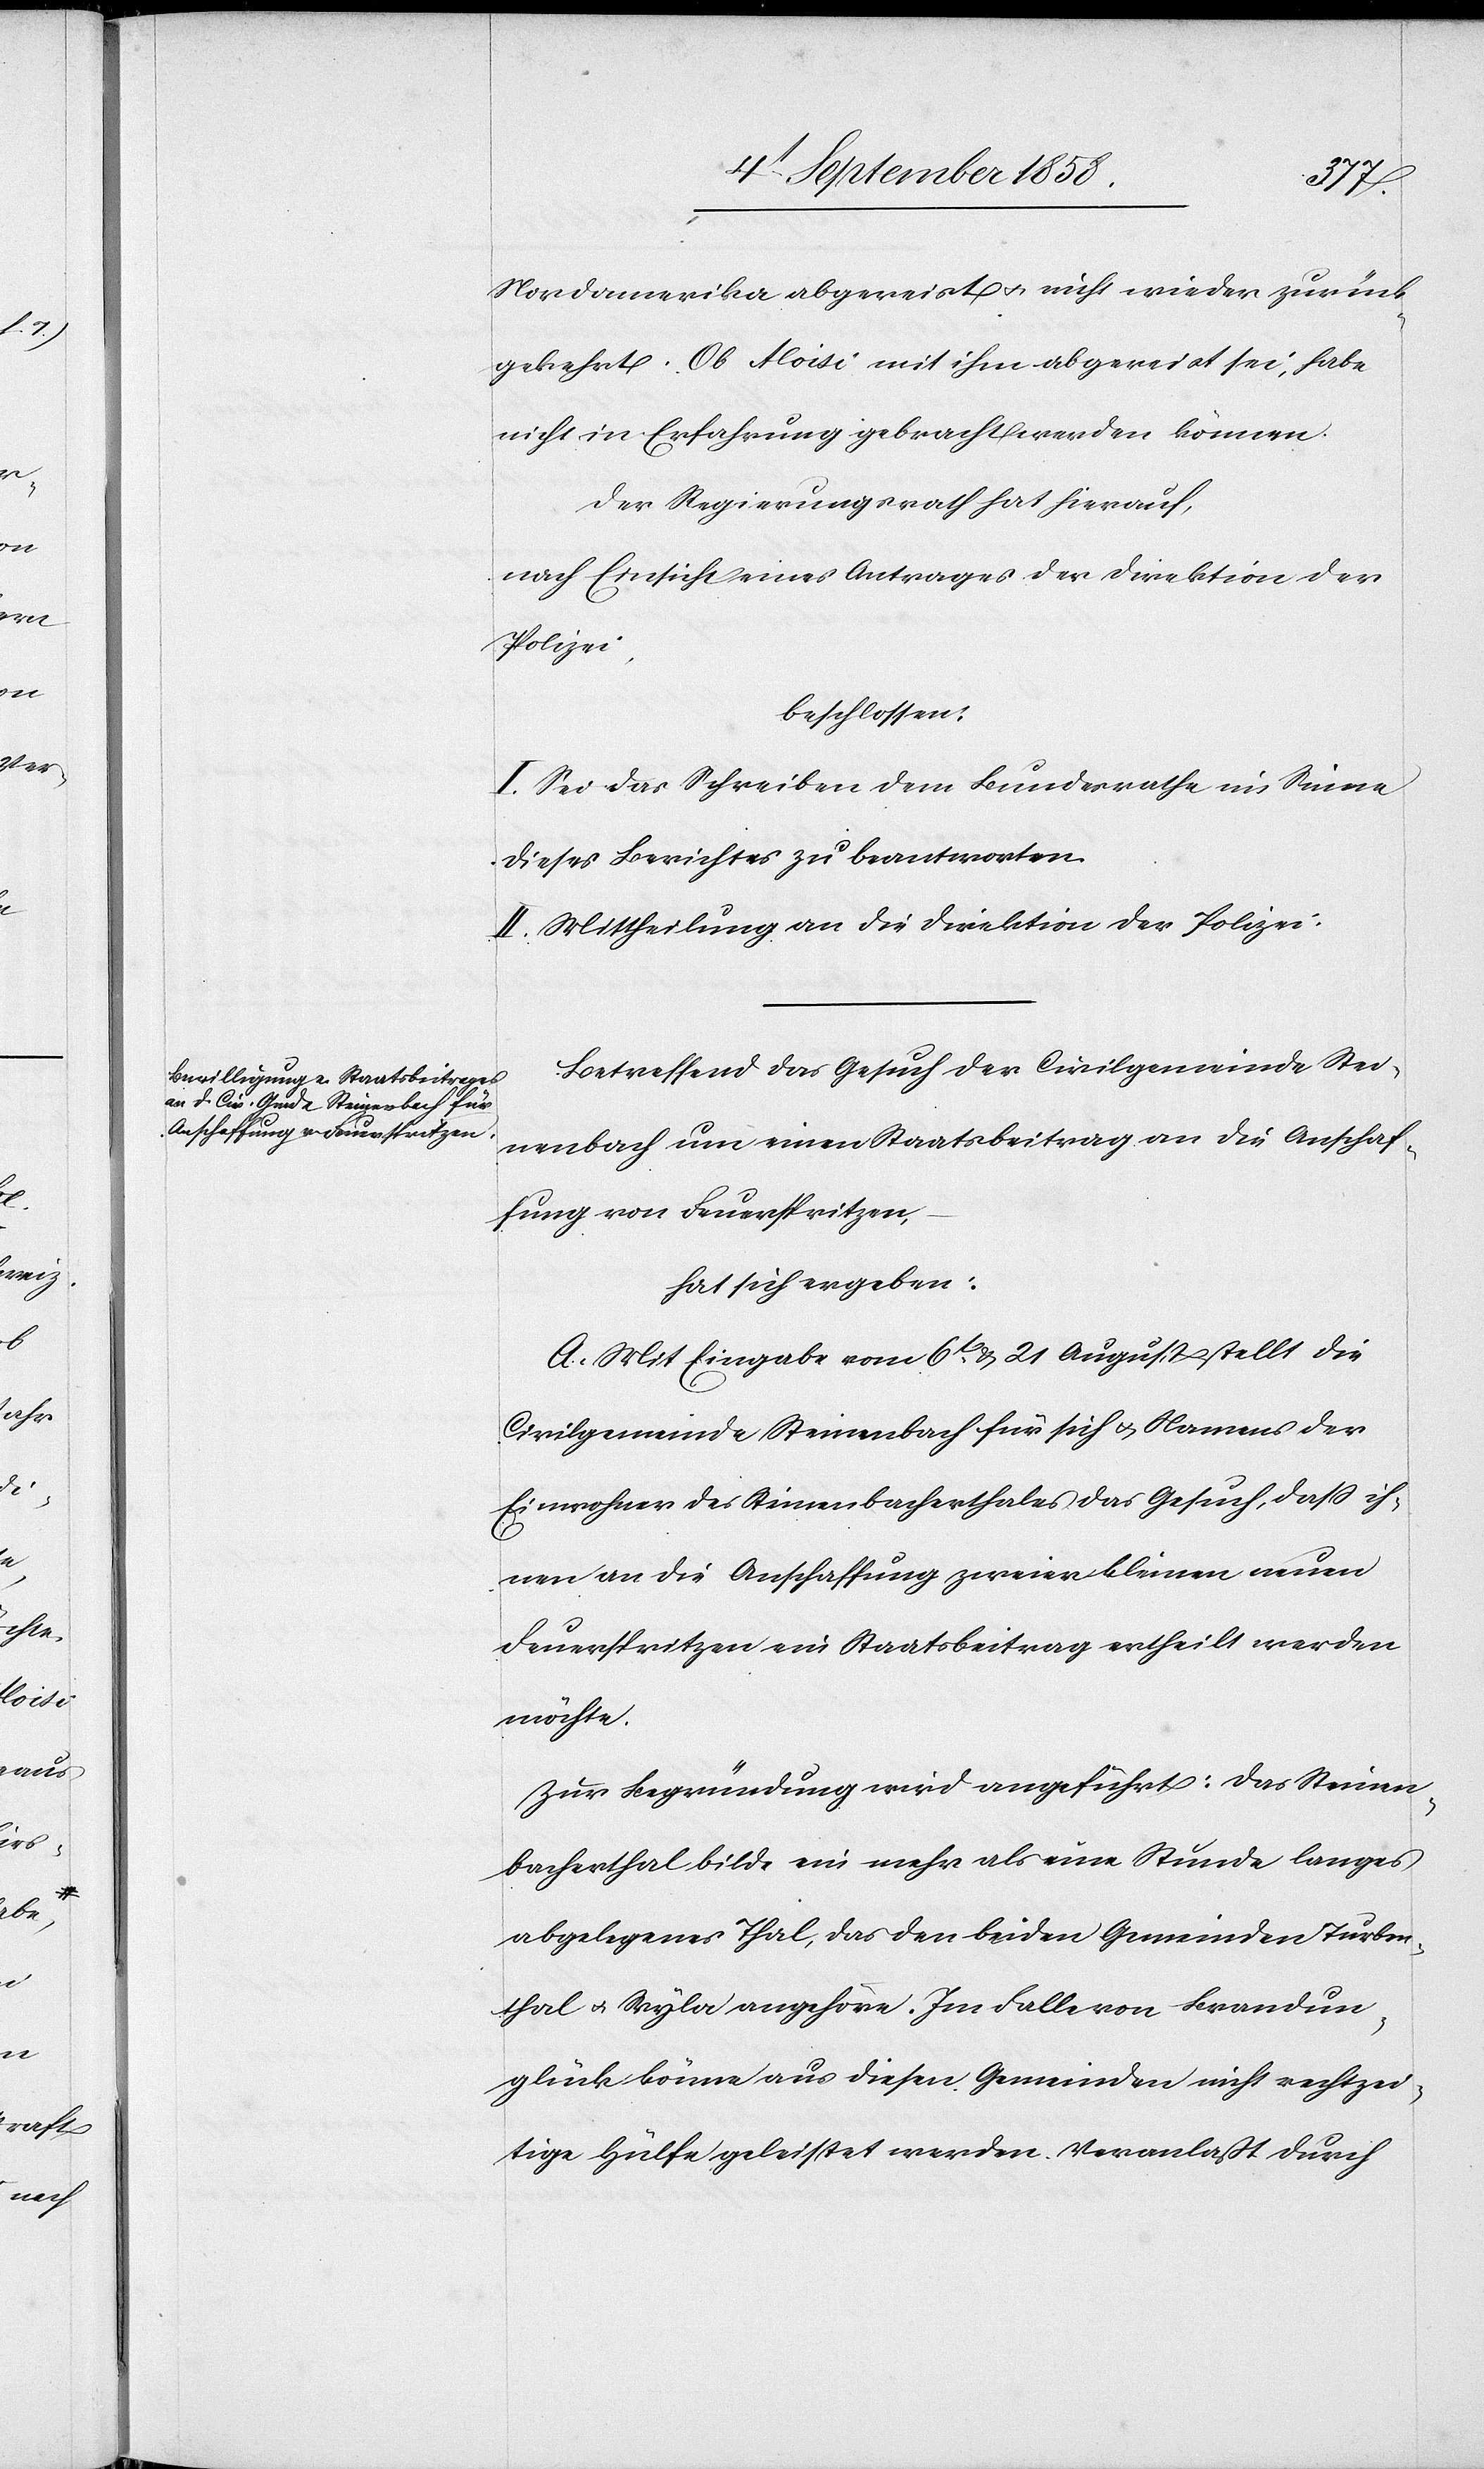
Nordamerika abgereist & nicht wieder zurück¬
gekehrt. Ob Aloisi mit ihm abgereist sei, habe
nicht in Erfahrung gebracht werden können.
Der Regierungsrath hat hierauf,
nach Einsicht eines Antrages der Direktion der
Polizei,
beschlossen:
I. Sei das Schreiben dem Bundesrathe im Sinne
dieses Berichtes zu beantworten.
II. Mittheilung an die Direktion der Polizei.
Betreffend das Gesuch der Civilgemeinde Stei¬
nenbach um einen Staatsbeitrag an die Anschaf¬
fung von Feuerspritzen,
hat sich ergeben:
A. Mit Eingabe vom 6t. & 21 August stellt die
Civilgemeinde Steinenbach für sich & Namens der
Einwohner des Steinenbacherthales das Gesuch, dass ih¬
nen an die Anschaffung zweier kleinen neuen
Feuerspritzen ein Staatsbeitrag ertheilt werden
möchte.
Zur Begründung wird angeführt: Das Steinen¬
bacherthal bilde ein mehr als eine Stunde langes
abgelegenes Thal, das den beiden Gemeinden Turben¬
thal & Wyla angehöre. Im Falle von Brandun¬
glück könne aus diesen Gemeinden nicht rechtzei¬
tige Hülfe geleistet werden. Veranlaßt durch